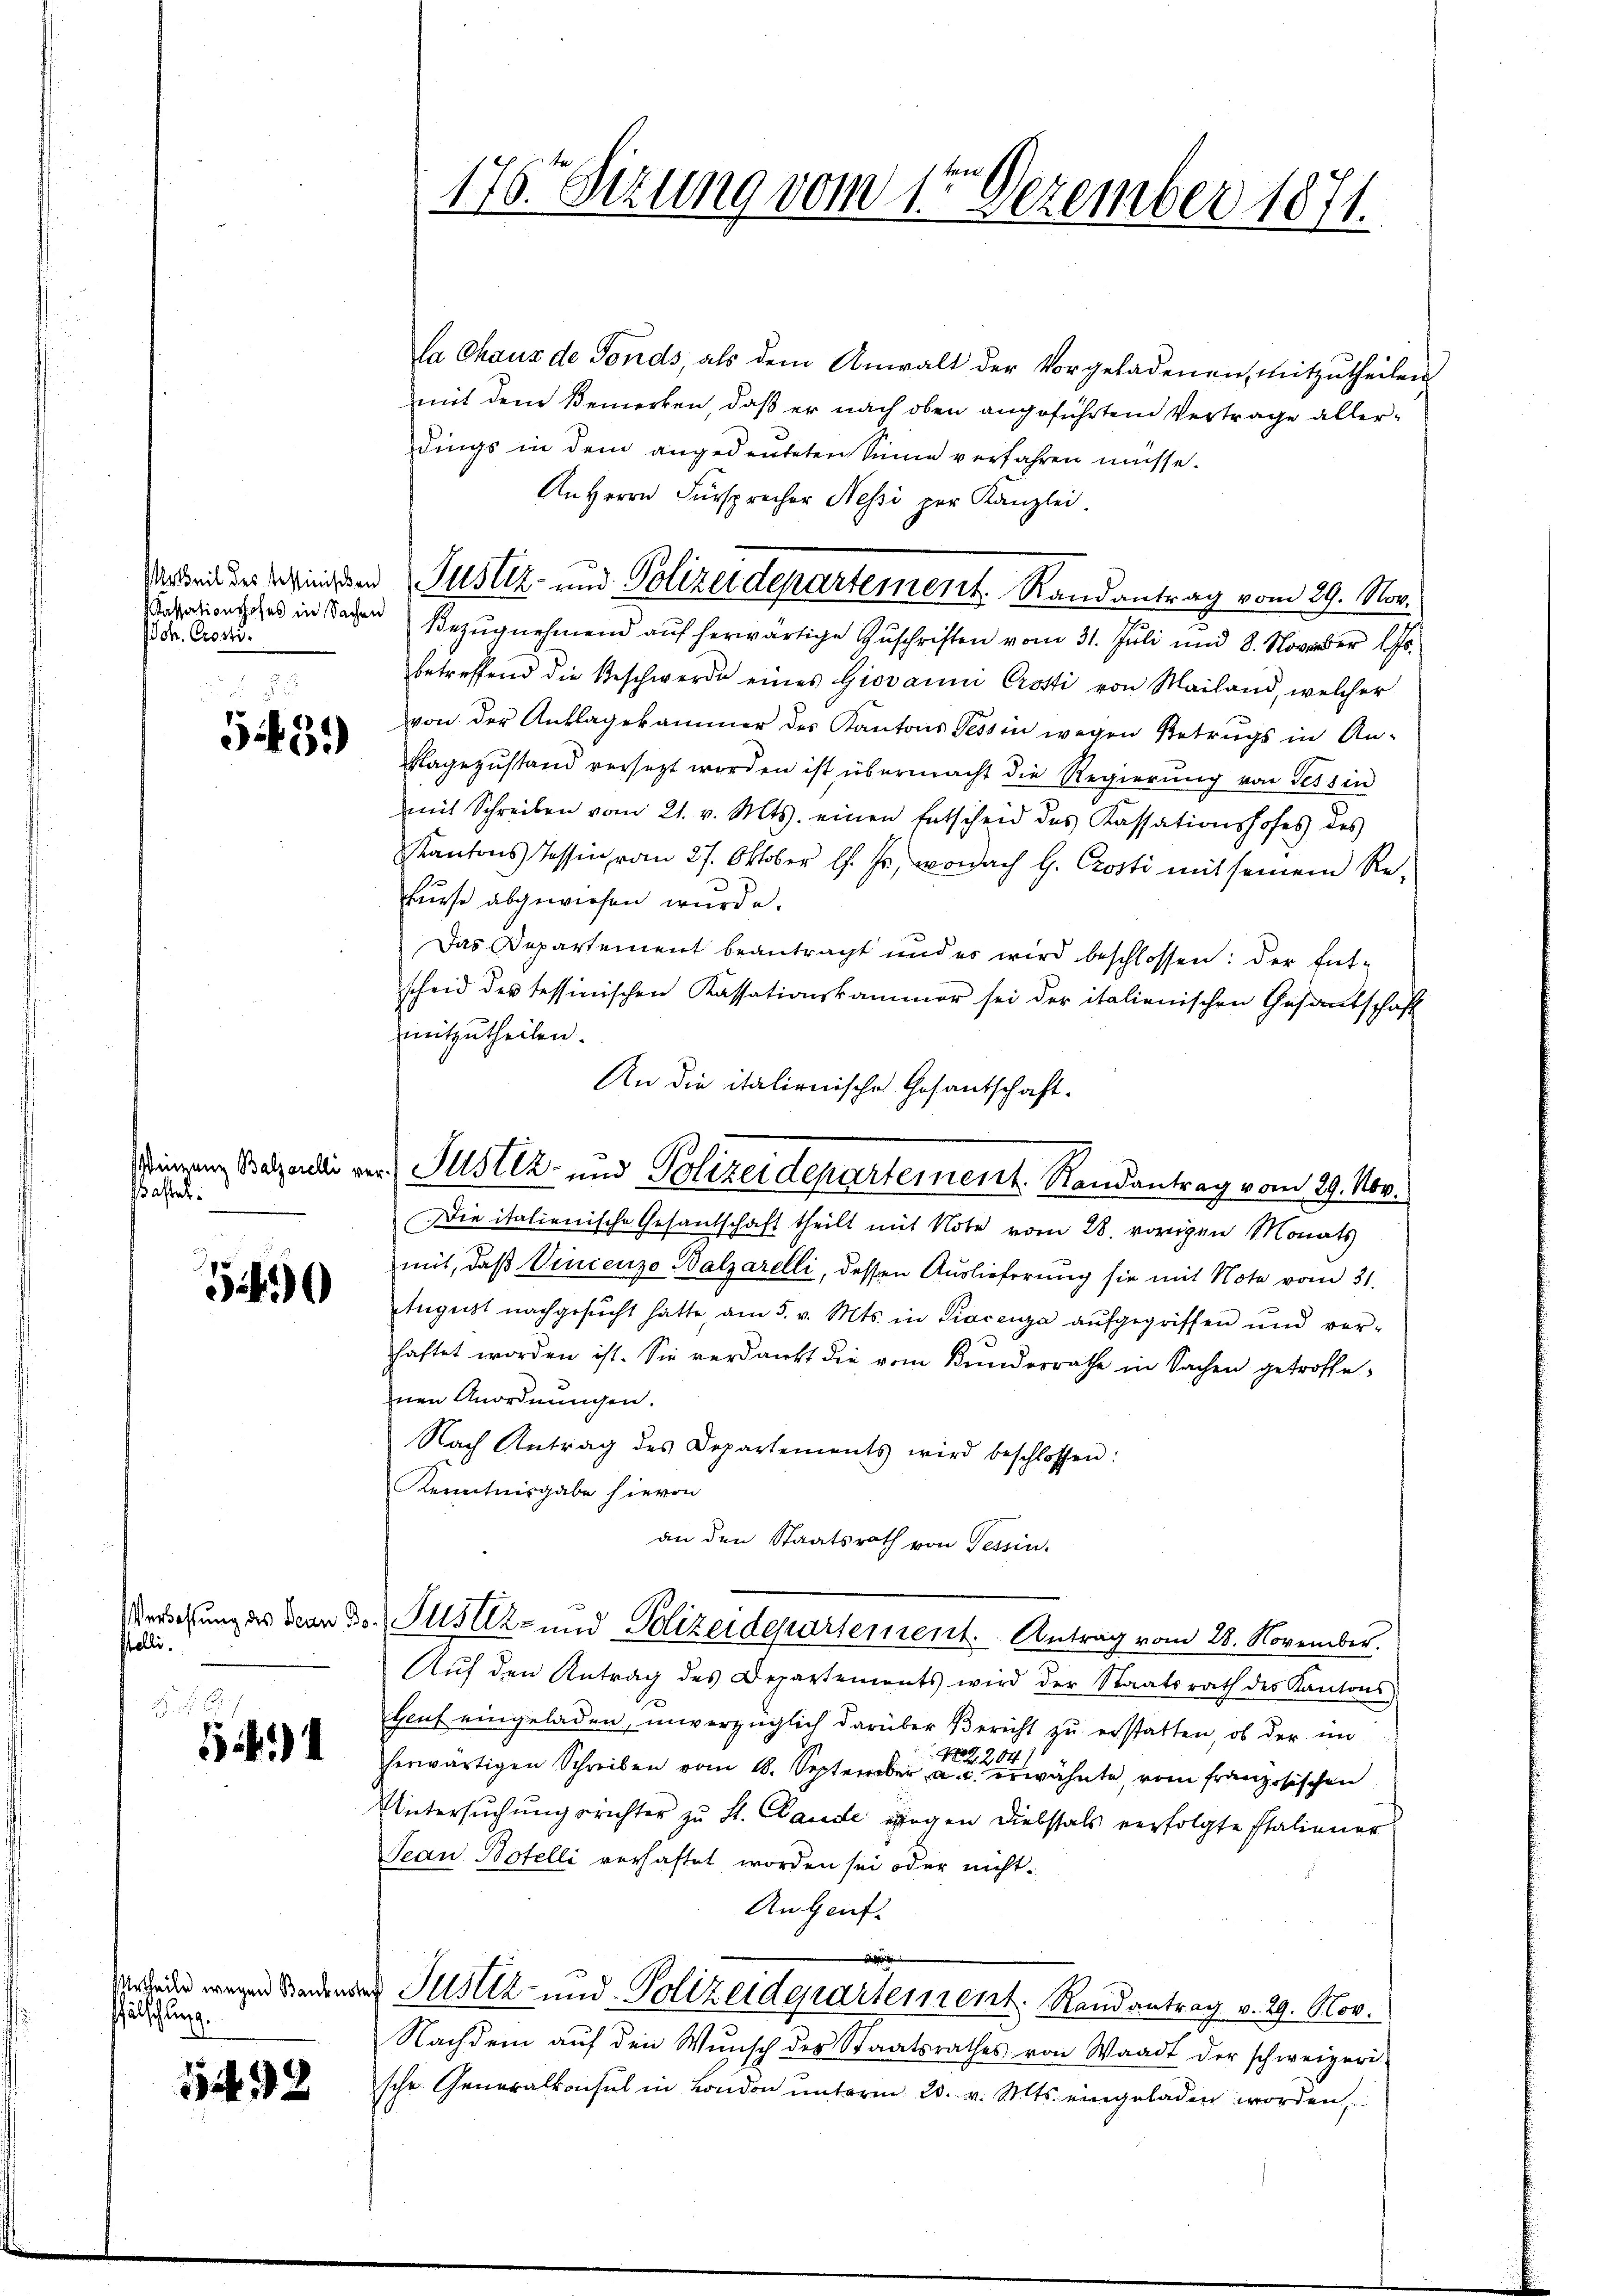
Joh. Crosti.

543.)

sastet.

5490

Verlassung des Bern, Bostelli¬
 .

6

Urtheile wegen Baukust
Pfälschlung.

1432

la Chaus de Fonds, als dem Anwalt der Vorgeladenen mitzŭtheilen
mit dem Bemerken, daß er nach oben angeführten Vertrage allerdings in dem angedeuteten Sinne verfahren müsse.
An Herrn Fürsprecher Nessi zur Kanzlei.
assationssche in Sachen Bezŭgnehmend aŭf herwärtige Zŭschriften vom 31. Jŭli und 8. November l. Js.
betreffend die Beschwerde eines Giovanni Crotti von Mailand, welcher
von der Anklagekammer des Kantons Tessin wegen Betrugs in An-
Bagezustand versetzt worden ist übermacht die Regierung von Tessin
mit Schreiben vom 21. v. Mts. einen Entscheid des Kassationshofes des
Kantons Tessin vom 27. Oktober l. Js., wonach H. Prosti mit seinem Rekurse abgewiesen wurde.
Das Departement beantragt und es wird beschlossen: der Entscheid der tessinischen Kassationskammer sei der italienischen Gesandschaft
mitzutheilen.
An die italienische Gesantschaft.
stierenz Bazari vor Justiz- und Polizeidepartement. Randantrag vom 29. Nov.
Die italienische Gesantschaft theilt mit Note vom 28. vorigen Monats
mit, daß Vincenzo Balzarelli, dessen Auslieferung sie mit Note vom 31.
August nachgesŭcht hatte, am 5. v. Mts. in Piacenza aŭfgegriffen und vor-
haftet worden ist. Sie verdankt die vom Kundesrathe in Sachen getroffenen Anordnungen.
Nach Antrag des Departements wird beschlossen:
Kenntnisgabe hievon
an den Staatsrath von Tessin.
Justiz- und Polizeidepartement. Antrag vom 28. November.
Aŭf den Antrag des Departements wird der Staatsrath des Kantons
Heuf eingeladen, unverzüglich darüber Bericht zŭ erstatten, ob der im
herwärtigen Schreiben vom 18. September erwähnte, vom französischen
Untersuchungsrichter zu St. Claude gegen Diebstals verfolgte Italiener
Tean Botelli verhaftet worden sei oder nicht.
Augenf
sheit
 Justiz- und Polizeidepartement. Randantrag v. 29. Nov.
Nachdem aŭf den Wunsch der Staatsrathes von Waadt der schweizeri
sche Generalkonsul in London unterm 20. v. Mts. eingeladen worden,

176. Sizung vom 1ten Dezember 1871.

Arbei der befinden Justiz- und Polizeidepartement. Randantrag vom 29. Nov.